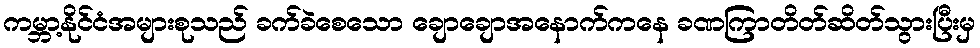
ကမ္ဘာ့နိုင်ငံအများစုသည် ခက်ခဲစေသော ချောချောအနောက်ကနေ ခဏကြာတိတ်ဆိတ်သွားပြီးမှ